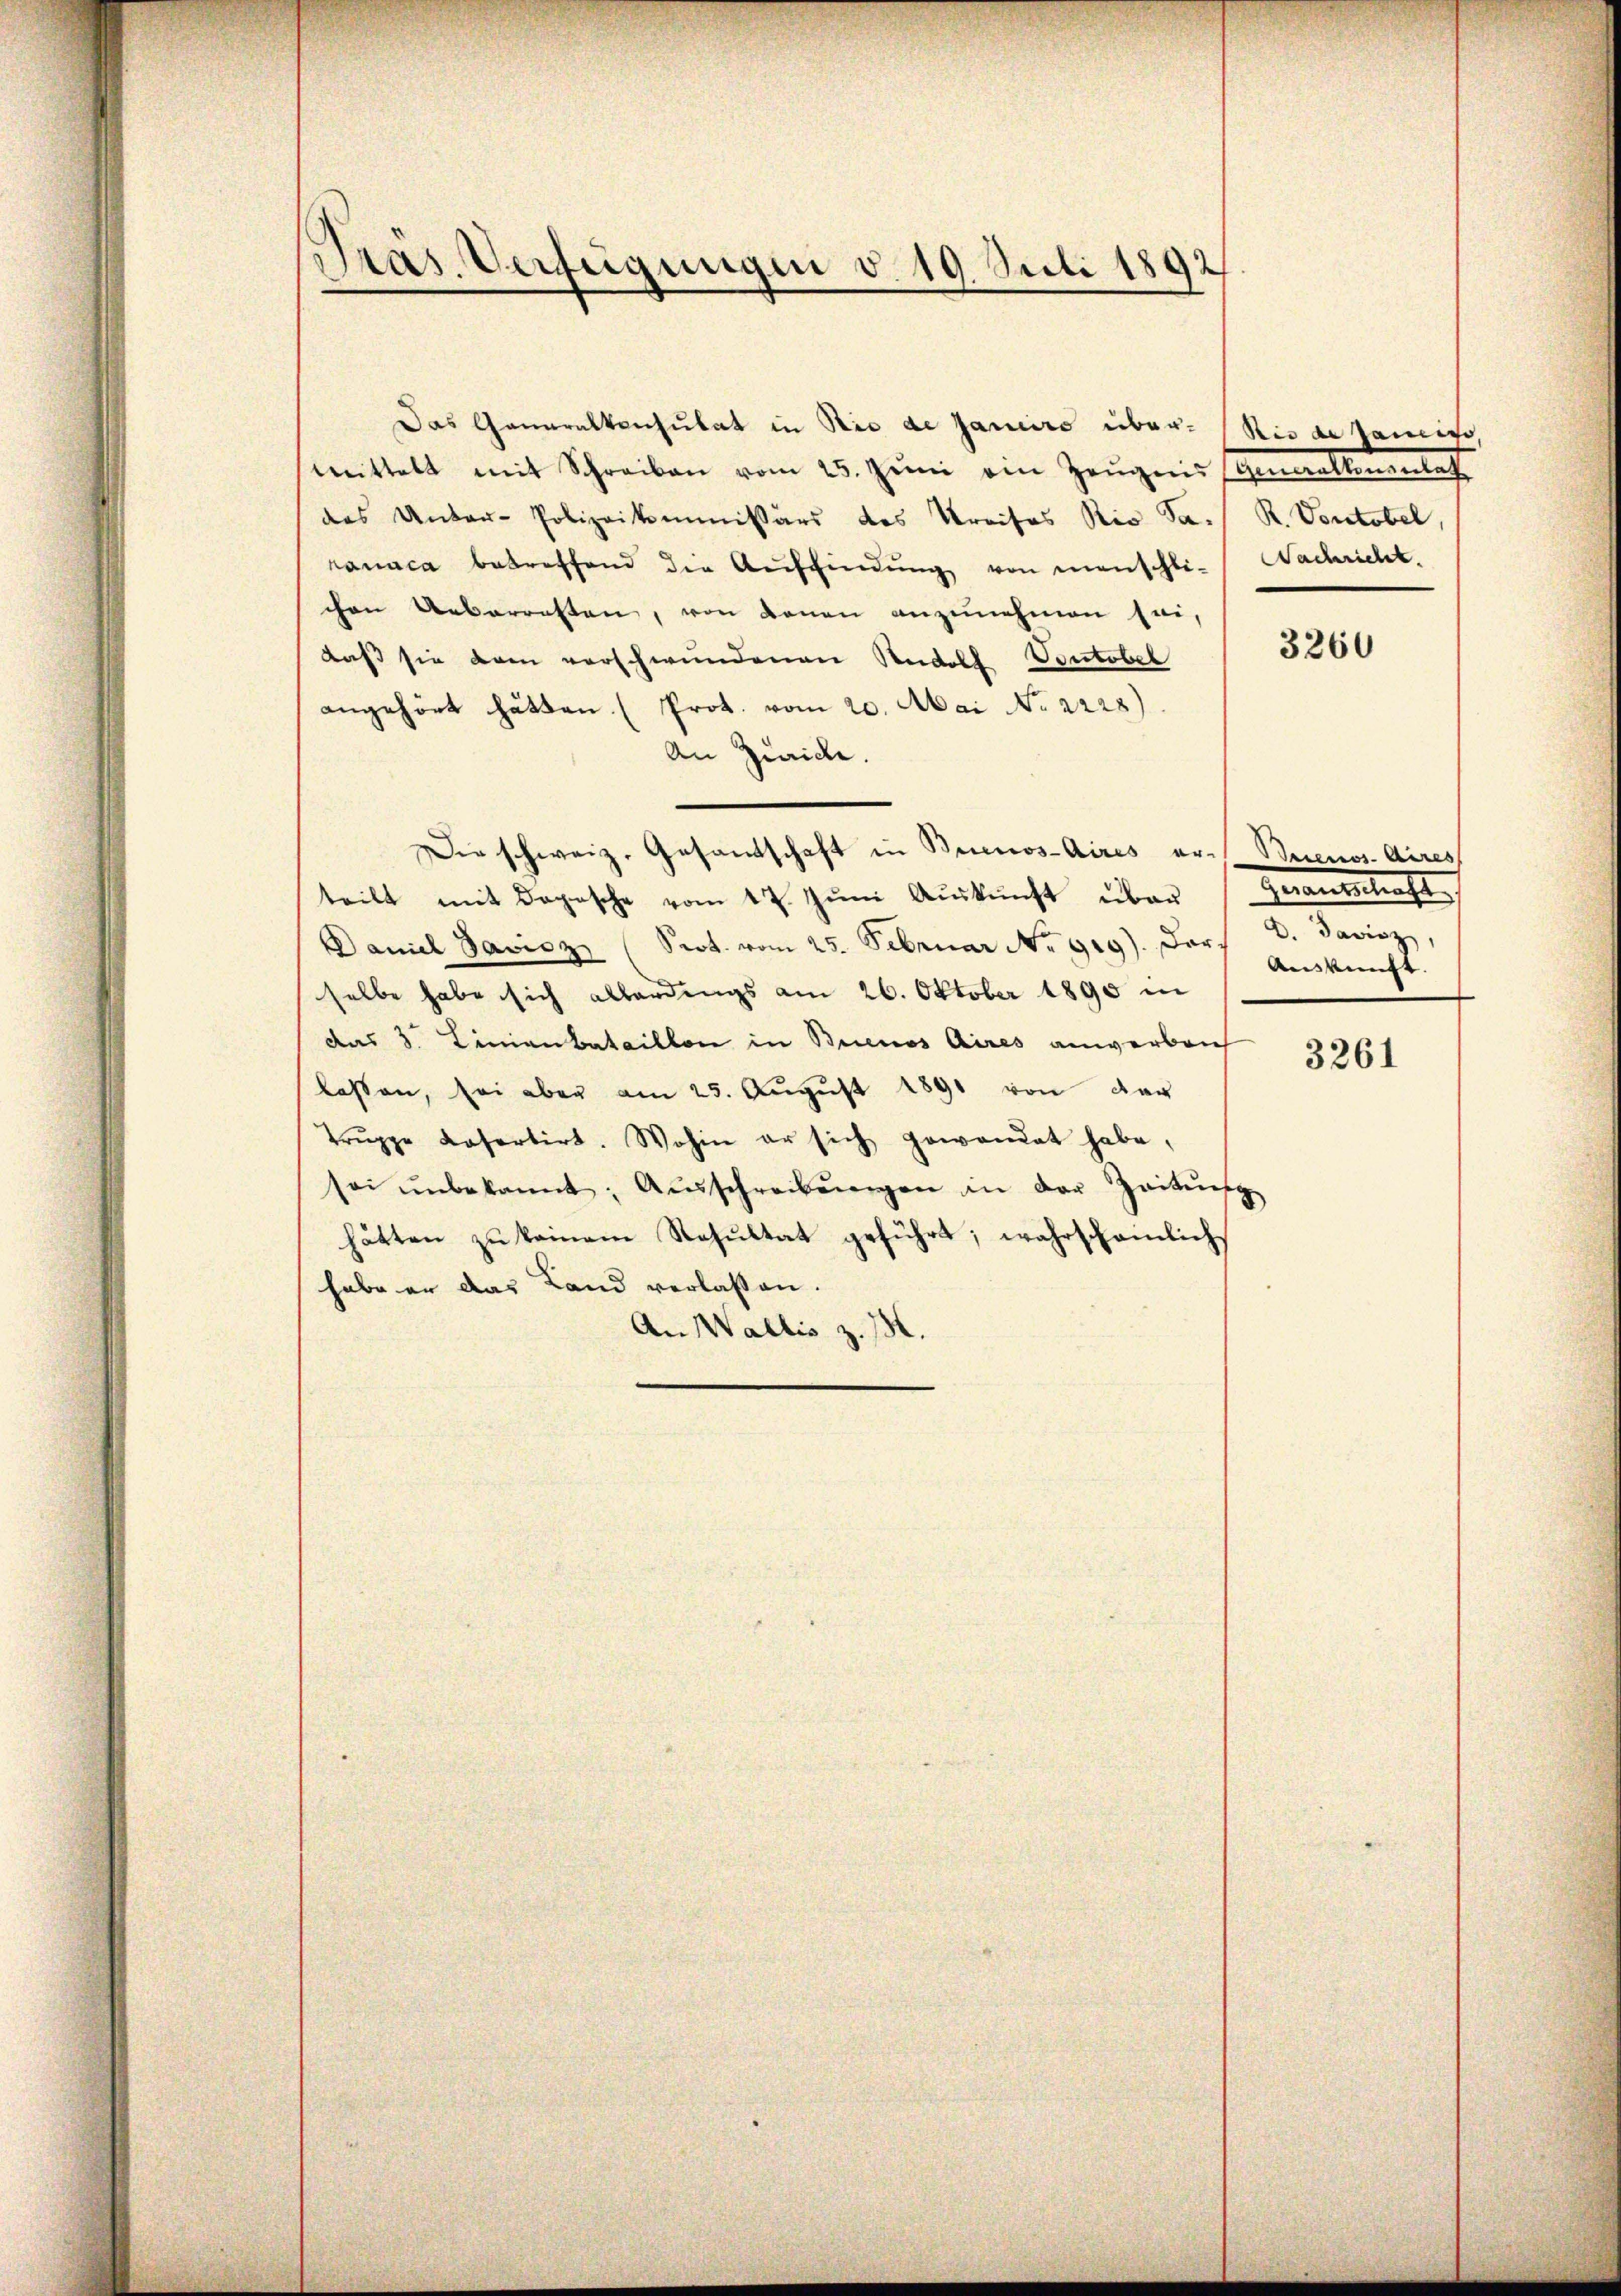
Präs. Verfügungen v. 19. Juli 1892

Das Generalkonsulat in Rio de Janeiro über-Rio de tanein,
mittelt mit Schreiben vom 25. Jŭni ein Zeugnis (Generalteranlass
das Unter-Polizeikommissärs des Kreises Rio S. R. Vontobel,
rauaca betreffend die Auffindung von manschli- Nachricht.
chen Ueberresten, von denen anzŭnehmen sei,
daß sie dem verschwundenen Rudolf Vontobel
angehört hätten (Prot. vom 20. Mai No 2228)
An Zürich.
Die schweiz. Gesandtschaft in Buenos-Aires er- Buenos Aires
teilt mit Dopische vom 17. Jŭni Aŭskŭnft über (Geransschaft,
Daniel Savicz (Srot. vom 25. Februar No. 919). Dar
selbe habe sich allerdings am 26. Oktober 1890 in
das 3. Linienbataillon in Buenos Aires anwerben
lassen, sei aber am 25. Aŭgŭst 1891 von dar
Trŭppe kasortirt. Wohin er sich gewandet habe,
sei ŭnbekannt: Aŭsschreibŭngen in der Zeitung
hätten zu keinem Resultat geführt; wahrscheinlichs
habe er das Land verlassen.
An Wallis z. B.

3260

d. Savinz
Auskunft. |

3261